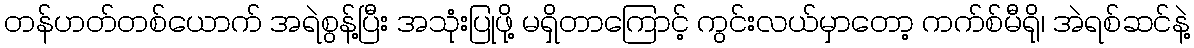
တန်ဟတ်တစ်ယောက် အရဲစွန့်ပြီး အသုံးပြုဖို့ မရှိတာကြောင့် ကွင်းလယ်မှာတော့ ကက်စ်မီရို၊ အဲရစ်ဆင်နဲ့